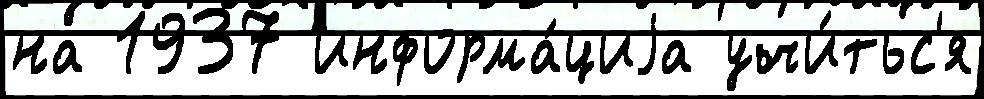
на 1937 информа́циjа учи́тьс'я